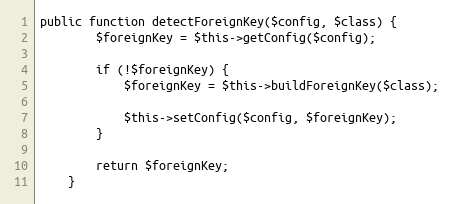
Language: PHP
public function detectForeignKey($config, $class) {
        $foreignKey = $this->getConfig($config);

        if (!$foreignKey) {
            $foreignKey = $this->buildForeignKey($class);

            $this->setConfig($config, $foreignKey);
        }

        return $foreignKey;
    }